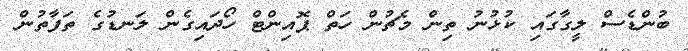
ބުންޑެސް ލީގާގައި ކުޅުނު ތިން މެޗުން ހަތް ޕޮއިންޓް ހޯދައިގެން ލަނޑުގެ ތަފާތުން